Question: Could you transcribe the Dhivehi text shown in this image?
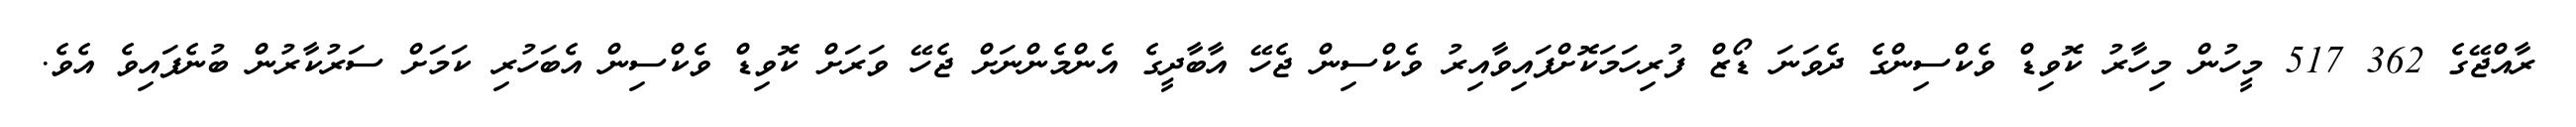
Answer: ރާއްޖޭގެ 362 517 މީހުން މިހާރު ކޮވިޑް ވެކްސިންގެ ދެވަނަ ޑޯޒް ފުރިހަމަކޮށްފައިވާއިރު ވެކްސިން ޖެހޭ އާބާދީގެ އެންމެންނަށް ޖެހޭ ވަރަށް ކޮވިޑް ވެކްސިން އެބަހުރި ކަމަށް ސަރުކާރުން ބުނެފައިވެ އެވެ.